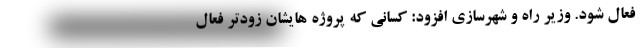
فعال شود. وزیر راه و شهرسازی افزود: کسانی که پروژه هایشان زودتر فعال